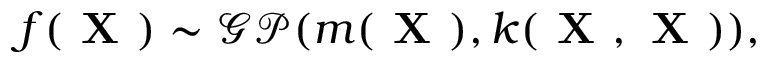
f ( \textbf { X } ) \sim \mathcal { G P } ( m ( \textbf { X } ) , k ( \textbf { X } , \textbf { X } ) ) ,